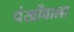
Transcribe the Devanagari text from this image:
पंखोंवाला